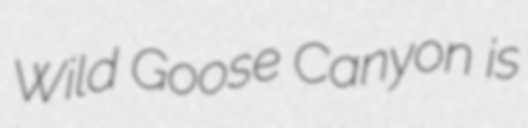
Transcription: Wild Goose Canyon is